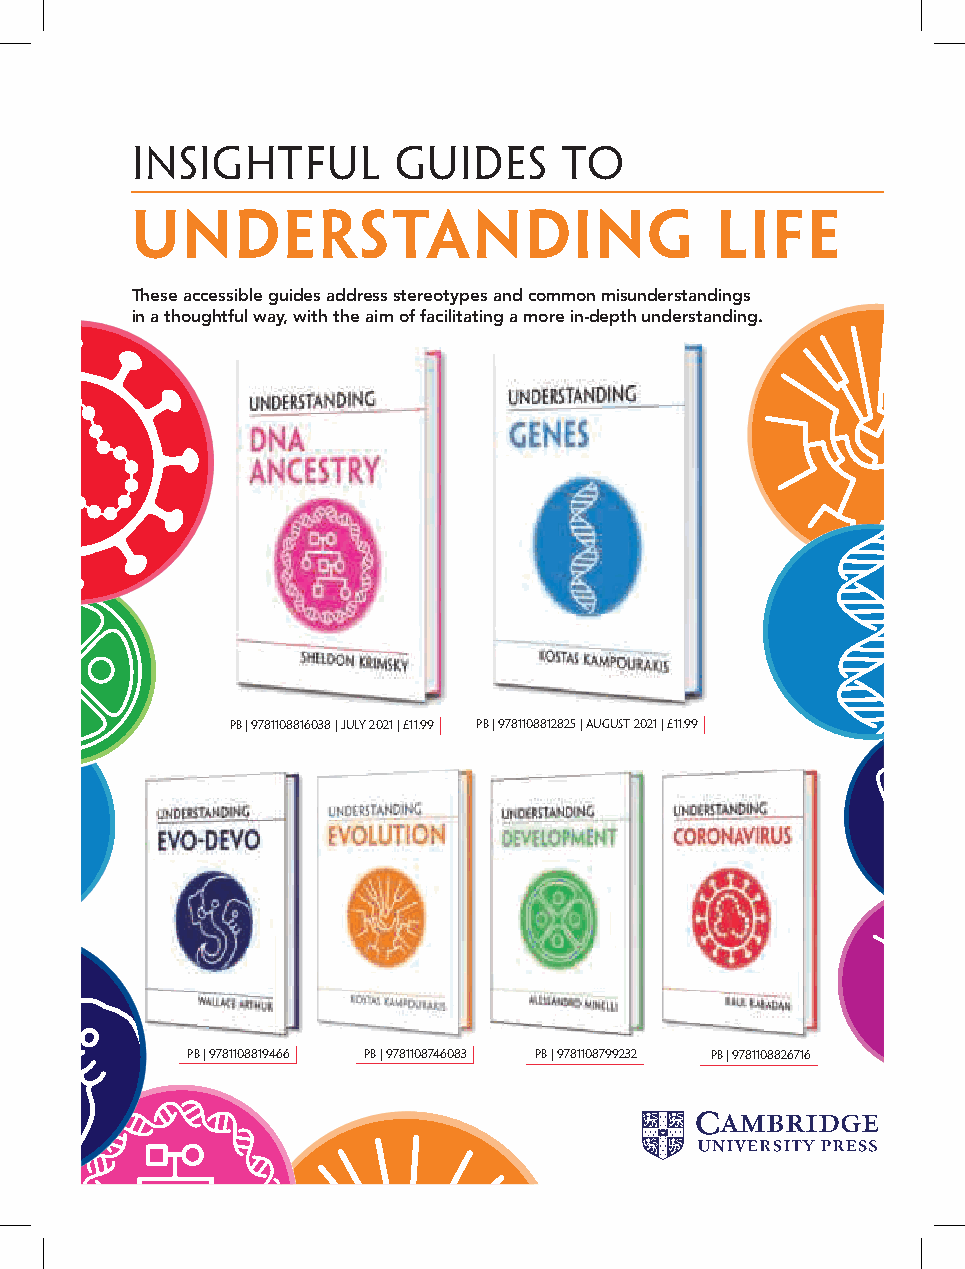
UNDERSTANDI IN nG sightful Guides    to      UNDERSTANDING
 Evolution
 coronavUirnudserstanding                       Life
 These accessible guides address stereotypes and common misunderstandings
 in a thoughtful way, with the aim of facilitating a more in-depth understanding.
 UNDERSTANDING
 genes
 UNDERSTANDING
 development
 UNDERSTANDING
 UNDERSTANDING
 genes
 KOeSTvASo KA-MdPOeUvRoAKIS
 RAuL  RABADaN
 PB | 9781108816038 | July 2021 | £11.99 PB | 9781108812825 | august 2021 | £11.99
 UNDERSTANDING                                       UNDERSTANDING
 KOSTAS KAMPOURAKIS
 intelligence
 ALESSANDRO MINELLI
 evo-devo
 UNDERSTANDING
 UNDERSTANDING
 dna                                                        WALLACE ARTHUR
 Evolution
 KOSTAS KAMPOURAKIS
 ancestry
 PB | 9781108819466 PB | 9781108746083 PB | 9781108799232 PB | 9781108826716
 KEN RICHARDSON
 WALLACE ARTHUR
 SHELDON KRIMSKY
 KOSTAS  KAMPOURAKIS